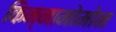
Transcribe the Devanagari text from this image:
किन्नामोमोन